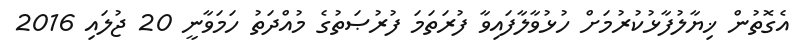
އެގޮތުން ޚިޔާލުފާޅުކުރުމަށް ހުޅުވާލާފައިވާ ފުރަތަމަ ފުރުޞަތުގެ މުއްދަތު ހަމަވާނީ 20 ޖުލައި 2016